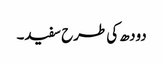
دودھ کی طرح سفید۔